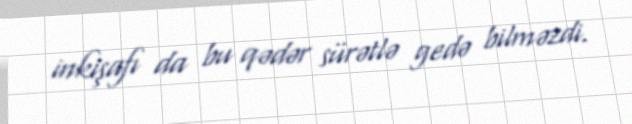
inkişafı da bu qədər sürətlə gedə bilməzdi.